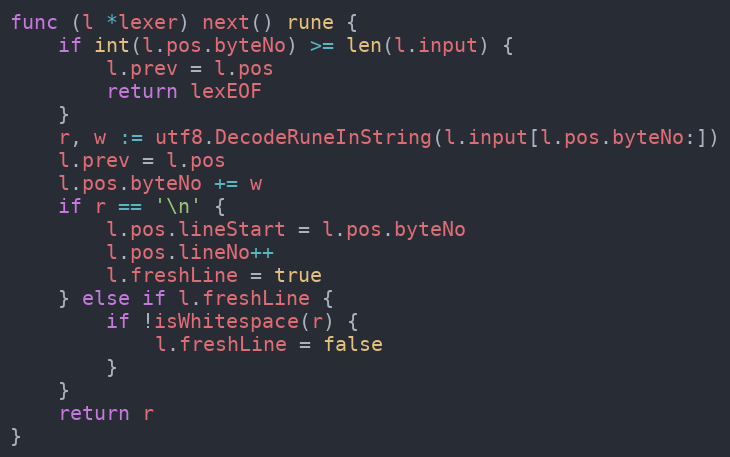
Language: Go
func (l *lexer) next() rune {
	if int(l.pos.byteNo) >= len(l.input) {
		l.prev = l.pos
		return lexEOF
	}
	r, w := utf8.DecodeRuneInString(l.input[l.pos.byteNo:])
	l.prev = l.pos
	l.pos.byteNo += w
	if r == '\n' {
		l.pos.lineStart = l.pos.byteNo
		l.pos.lineNo++
		l.freshLine = true
	} else if l.freshLine {
		if !isWhitespace(r) {
			l.freshLine = false
		}
	}
	return r
}